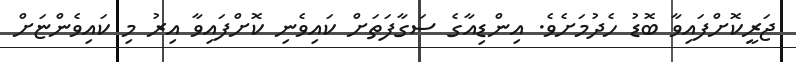
ޖަރީކޮށްފައިވާ ބޮޑު ހެދުމަށެވެ. އިންޑިއާގެ ސަގާފަތަށް ކައިވެނި ކޮށްފައިވާ އިރު މި ކައިވެންޏަށް